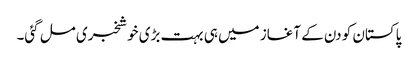
پاکستان کو دن کے آغاز میں ہی بہت بڑی خوشخبری مل گئی۔